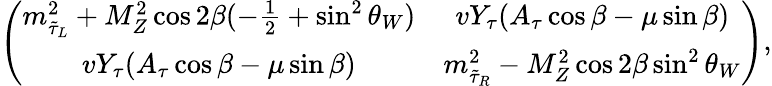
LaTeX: \left(\begin{array}{cc}{{m_{\tilde{\tau}_{L}}^{2}+M_{Z}^{2}\cos 2\beta(-\frac{1}{2}+\sin^{2}\theta_{W})}}&{{vY_{\tau}(A_{\tau}\cos\beta-\mu\sin\beta)}}\\ {{vY_{\tau}(A_{\tau}\cos\beta-\mu\sin\beta)}}&{{m_{\tilde{\tau}_{R}}^{2}-M_{Z}^{2}\cos 2\beta\sin^{2}\theta_{W}}}\end{array}\right),